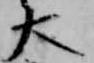
大